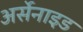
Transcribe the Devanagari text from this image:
अर्सेनाइड